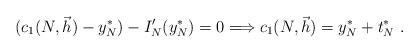
LaTeX: \begin{align*}(c_1(N,\vec{h})-y_N^*)- I'_N(y_N^*)=0 \Longrightarrow c_1(N,\vec{h})=y_N^*+ t_N^*\ .\end{align*}